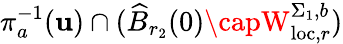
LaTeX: \pi_{a}^{-1}(\mathbf{u})\cap(\widehat{{B}}_{r_{2}}(0)\capW_{\mathrm{{loc}},r}^{\Sigma_{1},b})